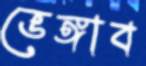
ভেঙ্গাব